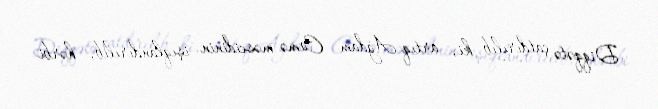
Diqqətə çatdırılıb ki, artıq Ağdam Cümə məscidinin işıqlandırılıb, hərbi